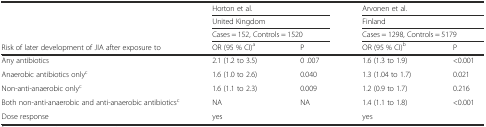
| <ROWSPAN=3>  | <COLSPAN=2> Horton et al. | <COLSPAN=2> Arvonen et al. |
 | <COLSPAN=2> United Kingdom | <COLSPAN=2> Finland |
 | <COLSPAN=2> Cases = 152, Controls = 1520 | <COLSPAN=2> Cases = 1298, Controls = 5179 |
 | Risk of later development of JIA after exposure to | OR (95 % CI)a | P | OR (95 % CI)b | P |
 | --- | --- | --- | --- | --- |
 | Any antibiotics | 2.1 (1.2 to 3.5) | 0 .007 | 1.6 (1.3 to 1.9) | <0.001 |
 | Anaerobic antibiotics onlyc | 1.6 (1.0 to 2.6) | 0.040 | 1.3 (1.04 to 1.7) | 0.021 |
 | Non-anti-anaerobic onlyc | 1.6 (1.1 to 2.3) | 0.009 | 1.2 (0.9 to 1.7) | 0.216 |
 | Both non-anti-anaerobic and anti-anaerobic antibioticsc | NA | NA | 1.4 (1.1 to 1.8) | <0.001 |
 | Dose response | yes |  | yes |  |